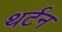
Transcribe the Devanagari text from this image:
थर्टन